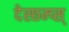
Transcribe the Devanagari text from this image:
देस्छम्प्स्